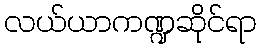
လယ်ယာကဏ္ဍဆိုင်ရာ